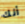
أنك